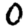
Digit: 0